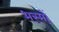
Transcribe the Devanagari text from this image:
भस्मों